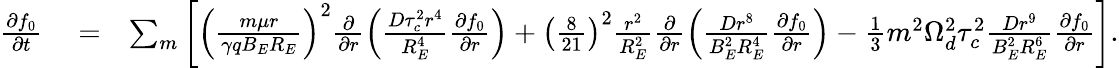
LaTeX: \begin{array}{rlr}{\frac{\partial f_{0}}{\partial t}}&{{}=}&{\sum_{m}\left[\left(\frac{m\mu r}{\gamma qB_{E}R_{E}}\right)^{2}\frac{\partial}{\partial r}\left(\frac{D\tau_{c}^{2}r^{4}}{R_{E}^{4}}\frac{\partial f_{0}}{\partial r}\right)+\left(\frac{8}{21}\right)^{2}\frac{r^{2}}{R_{E}^{2}}\frac{\partial}{\partial r}\left(\frac{Dr^{8}}{B_{E}^{2}R_{E}^{4}}\frac{\partial f_{0}}{\partial r}\right)-\frac{1}{3}m^{2}\Omega_{d}^{2}\tau_{c}^{2}\frac{Dr^{9}}{B_{E}^{2}R_{E}^{6}}\frac{\partial f_{0}}{\partial r}\right].}\end{array}